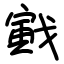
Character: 戭